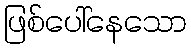
ဖြစ်ပေါ်နေသော